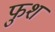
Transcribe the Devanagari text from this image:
फुश